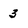
Character: 3